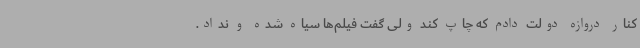
کنار دروازه دولت دادم که چاپ کند ولی گفت فیلم‌ها سیاه شده و نداد.